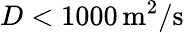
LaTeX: D<1000\, \mathrm{m^{2}/s}